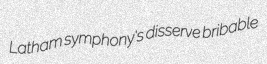
Latham symphony's disserve bribable